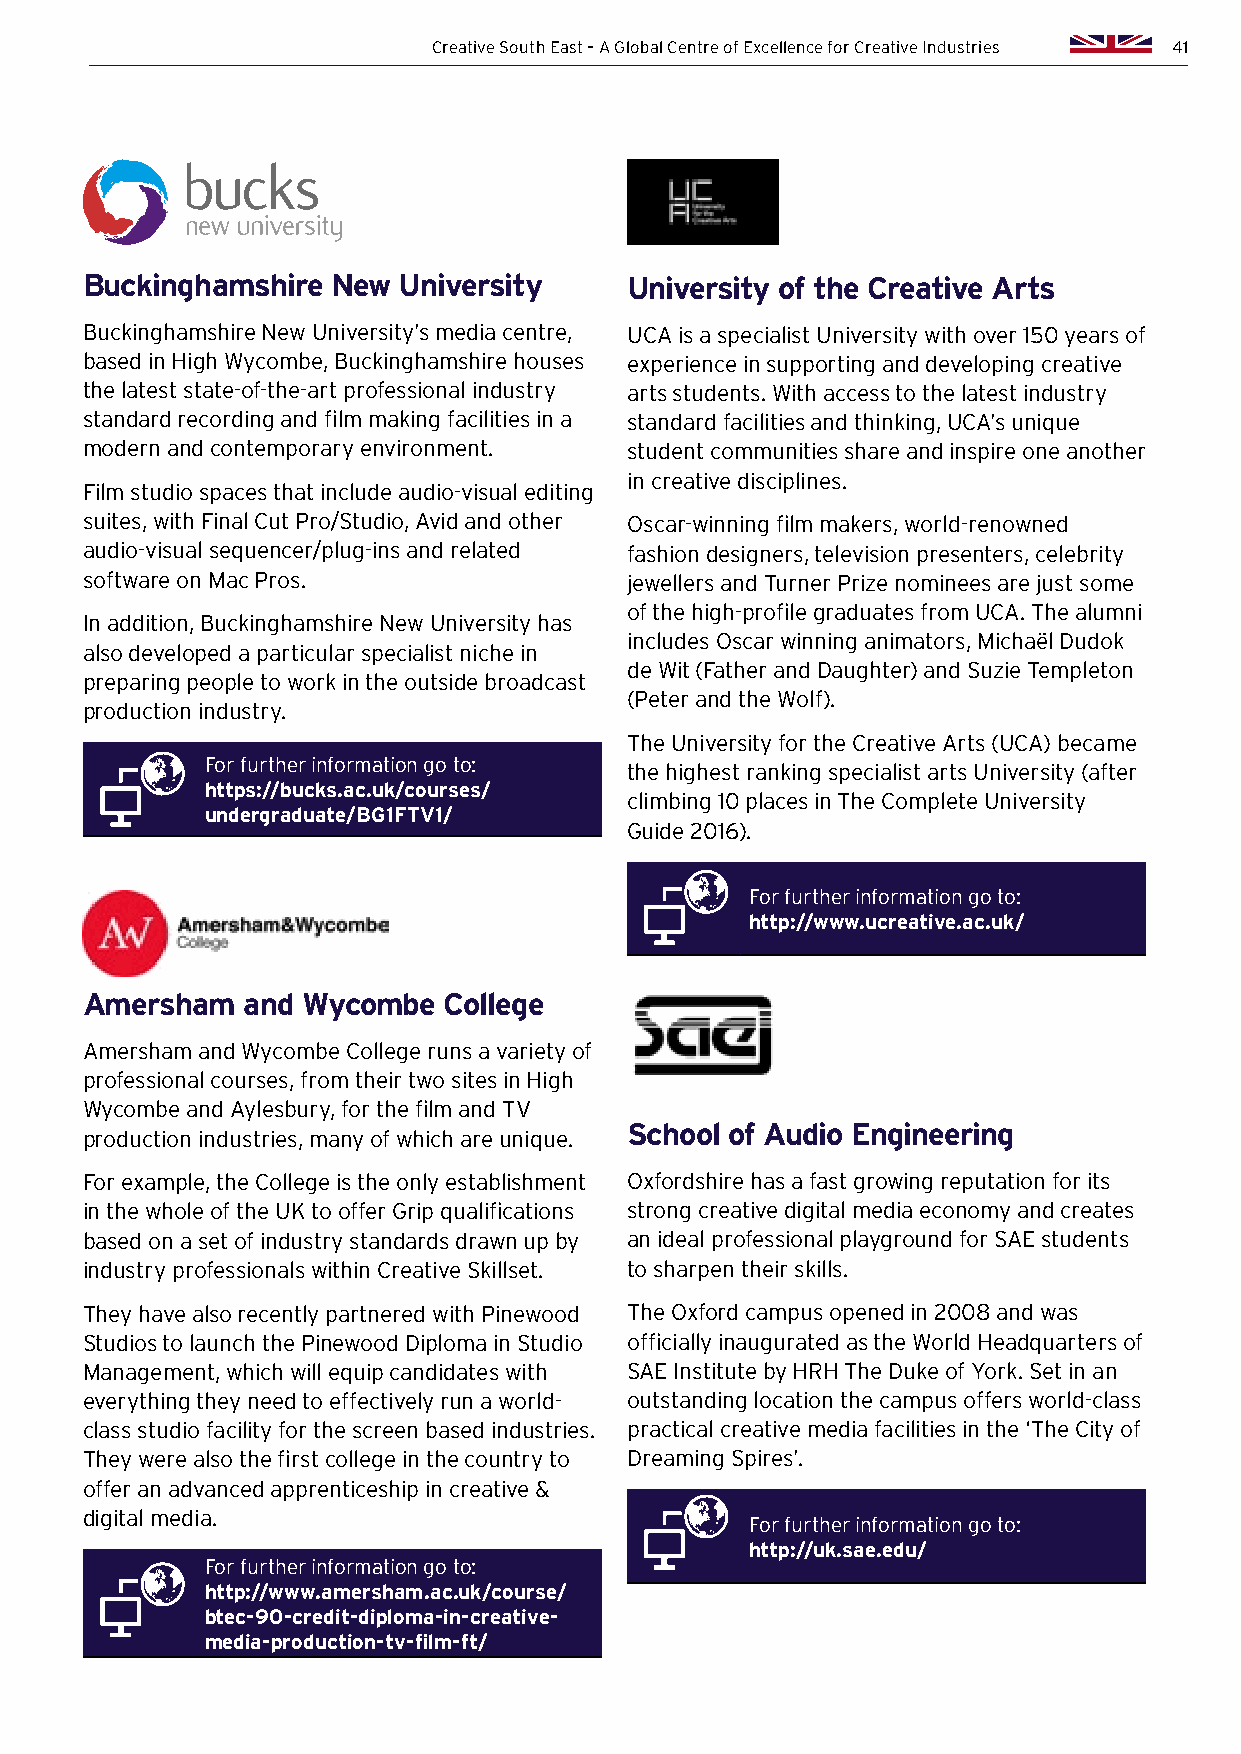
Creative South East – A Global Centre of Excellence for Creative Industries 41
 Buckinghamshire  New University     University of the Creative Arts
 Buckinghamshire New University’s media centre, UCA is a specialist University with over 150 years of
 based in High Wycombe, Buckinghamshire houses experience in supporting and developing creative
 the latest state-of-the-art professional industry arts students. With access to the latest industry
 standard recording and film making facilities in a standard facilities and thinking, UCA’s unique
 modern and contemporary environment. student communities share and inspire one another
 in creative disciplines.
 Film studio spaces that include audio-visual editing
 suites, with Final Cut Pro/Studio, Avid and other Oscar-winning film makers, world-renowned
 audio-visual sequencer/plug-ins and related fashion designers, television presenters, celebrity
 software on Mac Pros.               jewellers and Turner Prize nominees are just some
 of the high-profile graduates from UCA. The alumni
 In addition, Buckinghamshire New University has
 includes Oscar winning animators, Michaël Dudok
 also developed a particular specialist niche in
 de Wit (Father and Daughter) and Suzie Templeton
 preparing people to work in the outside broadcast
 (Peter and the Wolf).
 production industry.
 The University for the Creative Arts (UCA) became
 For further information go to:
 the highest ranking specialist arts University (after
 https://bucks.ac.uk/courses/
 climbing 10 places in The Complete University
 undergraduate/BG1FTV1/
 Guide 2016).
 For further information go to:
 http://www.ucreative.ac.uk/
 Amersham   and Wycombe  College
 Amersham and Wycombe College runs a variety of
 professional courses, from their two sites in High
 Wycombe and Aylesbury, for the film and TV
 School of Audio Engineering
 production industries, many of which are unique.
 For example, the College is the only establishment Oxfordshire has a fast growing reputation for its
 in the whole of the UK to offer Grip qualifications strong creative digital media economy and creates
 based on a set of industry standards drawn up by an ideal professional playground for SAE students
 industry professionals within Creative Skillset. to sharpen their skills.
 They have also recently partnered with Pinewood The Oxford campus opened in 2008 and was
 Studios to launch the Pinewood Diploma in Studio officially inaugurated as the World Headquarters of
 Management, which will equip candidates with SAE Institute by HRH The Duke of York. Set in an
 everything they need to effectively run a world- outstanding location the campus offers world-class
 class studio facility for the screen based industries. practical creative media facilities in the ‘The City of
 They were also the first college in the country to Dreaming Spires’.
 offer an advanced apprenticeship in creative &
 digital media.
 For further information go to:
 http://uk.sae.edu/
 For further information go to:
 http://www.amersham.ac.uk/course/
 btec-90-credit-diploma-in-creative-
 media-production-tv-film-ft/